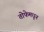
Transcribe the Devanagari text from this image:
तोफेमधून